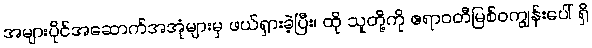
အများပိုင်အဆောက်အအုံများမှ ဖယ်ရှားခဲ့ပြီး၊ ထို သူတို့ကို ဧရာဝတီမြစ်ဝကျွန်းပေါ် ရှိ